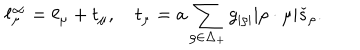
\ell _ { \mu } ^ { \infty } = \ell _ { \mu } + t _ { \mu } , \quad t _ { \mu } = a \sum _ { \rho \in \Delta _ { + } } g _ { | \rho | } | \rho \cdot \mu | \check { s } _ { \rho } .